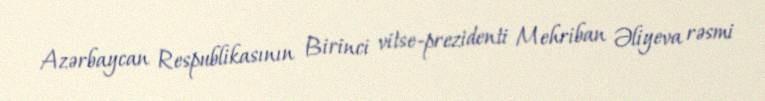
Azərbaycan Respublikasının Birinci vitse-prezidenti Mehriban Əliyeva rəsmi